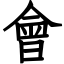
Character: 會